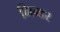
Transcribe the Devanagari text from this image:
भिन्डर